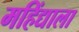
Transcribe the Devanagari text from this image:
महिंद्याला